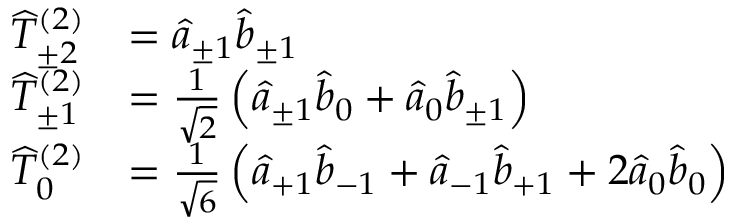
{ \begin{array} { r l } { { \widehat { T } } _ { \pm 2 } ^ { ( 2 ) } } & { = { \widehat { a } } _ { \pm 1 } { \widehat { b } } _ { \pm 1 } } \\ { { \widehat { T } } _ { \pm 1 } ^ { ( 2 ) } } & { = { \frac { 1 } { \sqrt { 2 } } } \left( { \widehat { a } } _ { \pm 1 } { \widehat { b } } _ { 0 } + { \widehat { a } } _ { 0 } { \widehat { b } } _ { \pm 1 } \right) } \\ { { \widehat { T } } _ { 0 } ^ { ( 2 ) } } & { = { \frac { 1 } { \sqrt { 6 } } } \left( { \widehat { a } } _ { + 1 } { \widehat { b } } _ { - 1 } + { \widehat { a } } _ { - 1 } { \widehat { b } } _ { + 1 } + 2 { \widehat { a } } _ { 0 } { \widehat { b } } _ { 0 } \right) } \end{array} }